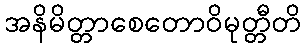
အနိမိတ္တာစေတောဝိမုတ္တီတိ